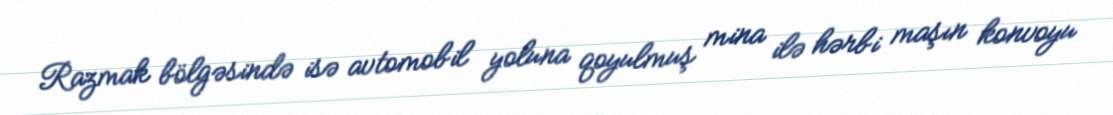
Razmak bölgəsində isə avtomobil yoluna qoyulmuş mina ilə hərbi maşın konvoyu